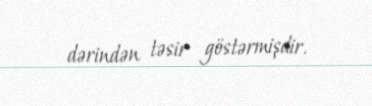
dərindən təsir göstərmişdir.